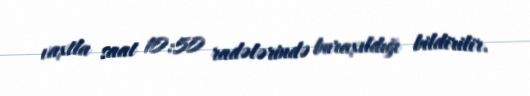
vaxtla saat 10:50 radələrində buraxıldığı bildirilir.